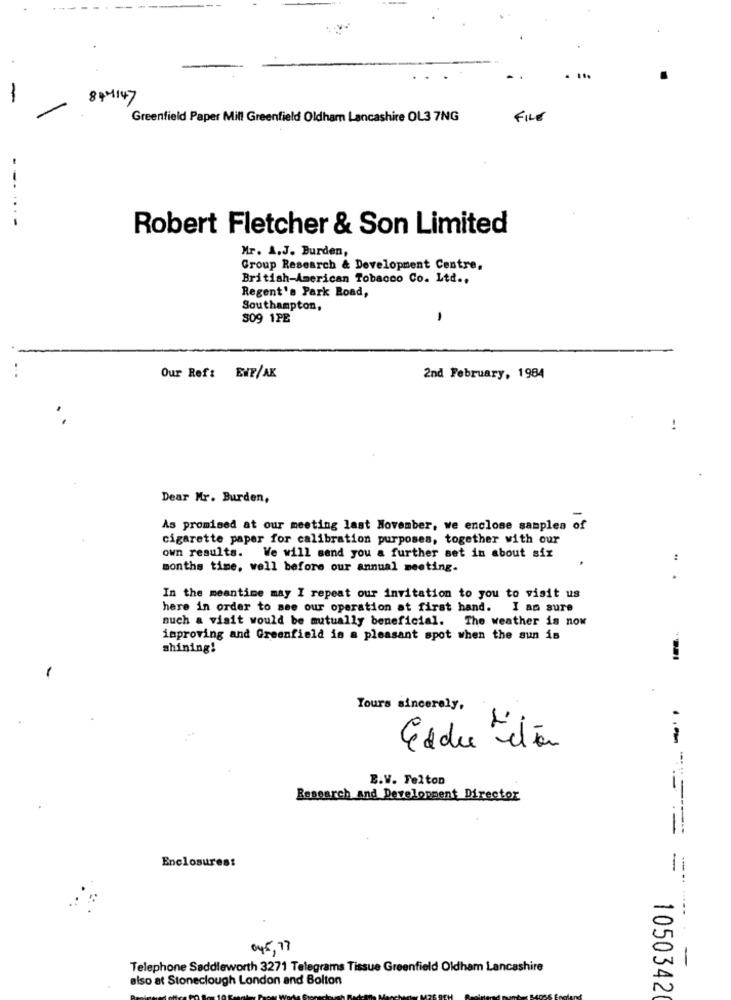
147
Greenfield Paper Mill Greenfield Oldham Lancashire OL3 7NG
FILE
--....
-
Robert Fletcher & Son Limited
Mr. A.J. Burden,
Group Research & Development Centre,
British-American Tobacco Co. Ltd ..
Regent's Park Road,
Southampton,
809 1PE
,
Our Ref: EWF/AK
2nd February, 1984
Dear Mr. Burden,
As promised at our meeting last November, we enclose samples of
cigarette paper for calibration purposes, together with our
own results. We will send you a further set in about six
months time, well before our annual meeting.
In the meantime may I repeat our invitation to you to visit us
here in order to see our operation at first hand. I am sure
auch a visit would be mutually beneficial. The weather is now
improving and Greenfield is a pleasant spot when the sun is
shining!
Yours sincerely.
1 )
Eddie etter
E.V. Felton
Research And Development Director
========
Enclosures:
-
...
045, 77
-
Telephone Saddleworth 3271 Telegrams Tissue Greenfield Oldham Lancashire
also at Stoneclough London and Bolton
1050342